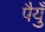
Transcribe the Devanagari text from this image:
पैयुँ